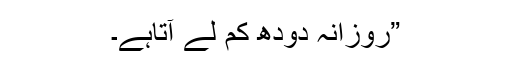
”روزانہ دودھ کم لے آتاہے۔